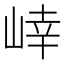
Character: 𭖩